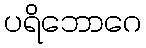
ပရိဘောဂေ